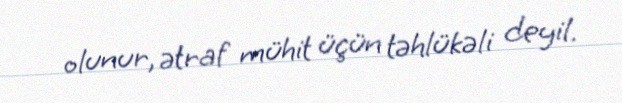
olunur, ətraf mühit üçün təhlükəli deyil.